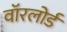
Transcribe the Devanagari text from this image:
वॉरलोर्ड